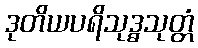
ဒုတိယပရိသုဒ္ဓသုတ္တံ